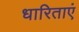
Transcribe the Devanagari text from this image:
धारिताएं